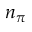
n _ { \pi }